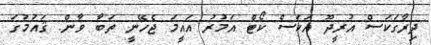
ދިރާގަކަސް އުރީދޫ އަކަސް ކޯޓް އަމުރު އައީމަ ޖެހޭނީ ތަބާ ވާން. ޤައުމުގަ